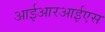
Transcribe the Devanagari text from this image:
आईआरआईएस